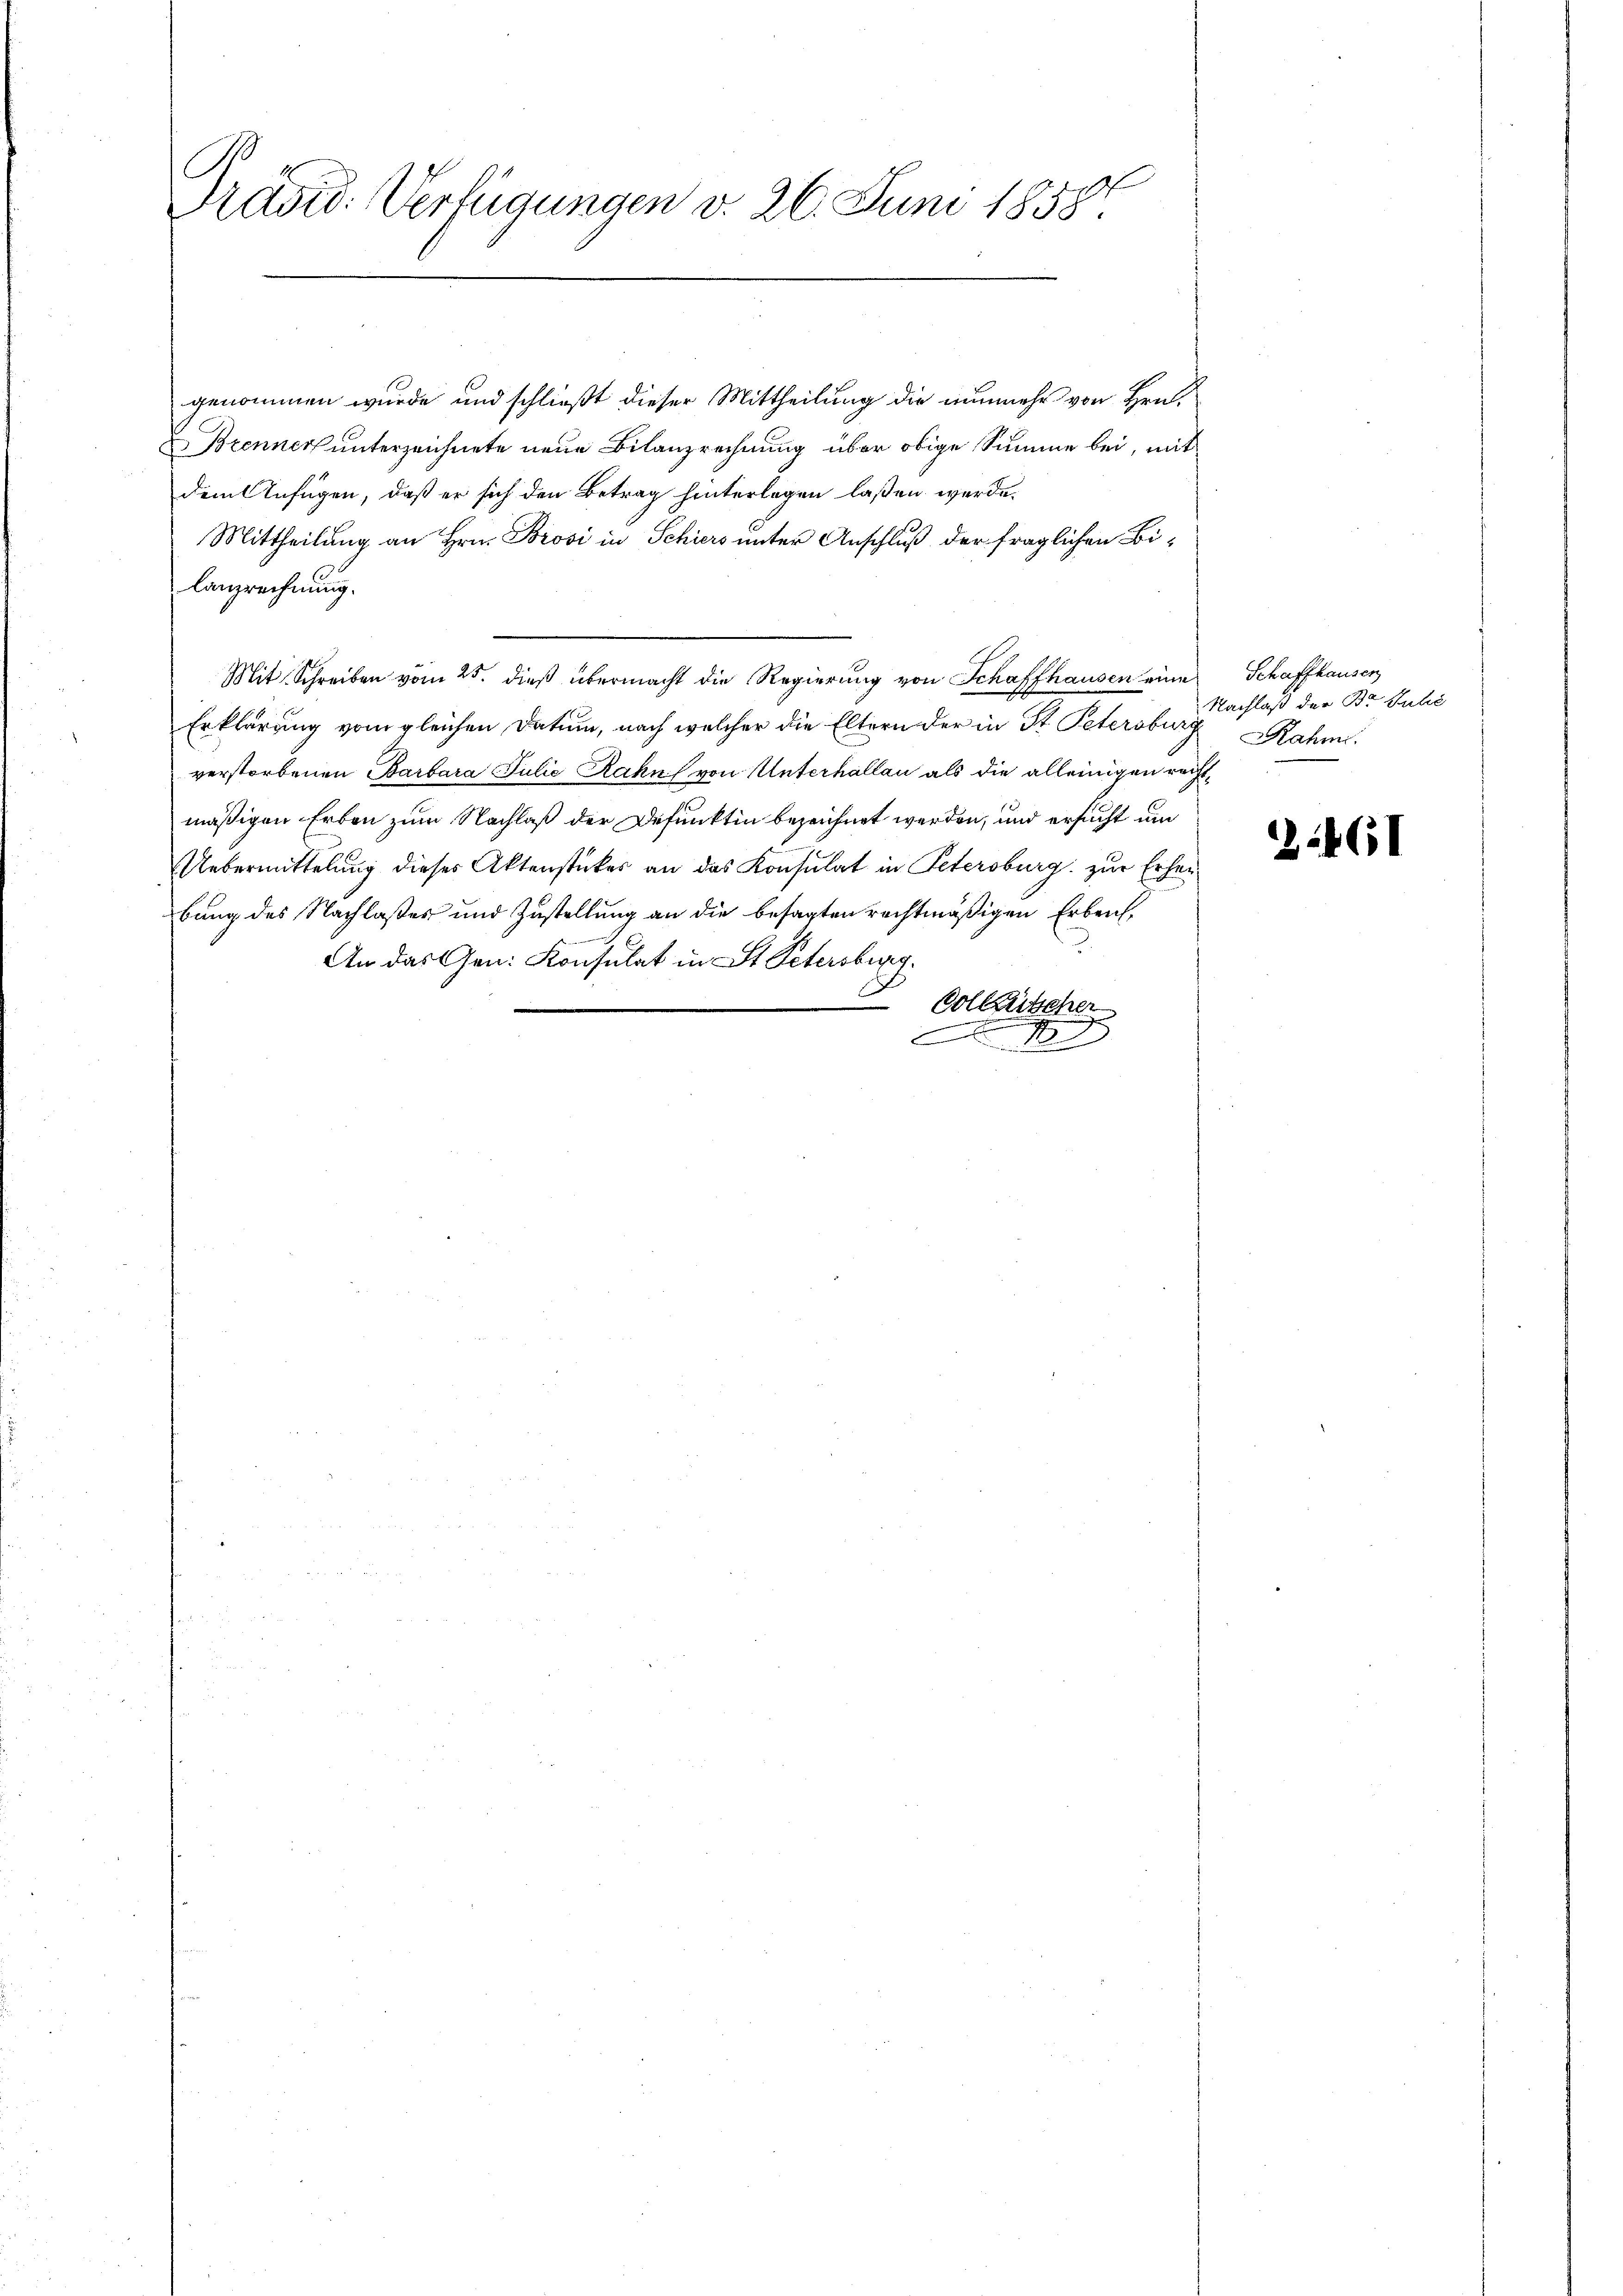
Präsiden Verfügungen v. 26. Juni 1858

genommen wurde und schließt dieser Mittheilung die nunmehr von Hrn.
Brenner unterzeichnete neue Bilanzrechnung über obige Summe bei, mit
dem Anfügen, daß er sich den Betrag hinterlegen laßen werde.
Mittheilung an Hrn. Brosi in Schiers unter Anschluß der fraglichen Bi¬
Lanzrechnung.
Mit Schreiben vom 25. dieß übermacht die Regierung von Schaffhausen eine Schaffhausen
Erklärung vom gleichen Datum, nach welcher die Eltern der in St. Petersburg Rahm.
verstorbenen Barbara Julić Rahn (von Unterhalten als die alleinigen rechtmäßigen Erben zum Nachlaß der Defunkten bezeichnet werden, und ersucht um
Uebermittelung dieses Aktenstückes an das Konsulat in Petersburg zur Erheibung des Nachlaßes und Zustellung an die besagten rechtmäßigen Erbench¬
An das Gen. Konsulat in St. Petersburg.
E
Volketscher

Nachlaß der Br. Juli

2461